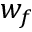
w _ { f }